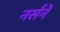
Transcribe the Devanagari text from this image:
नर्सने